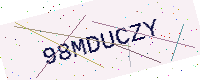
Text: 98MDUCZY